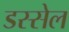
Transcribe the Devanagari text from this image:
डस्सेल